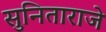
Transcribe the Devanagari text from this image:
सुनिताराजे